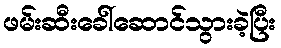
ဖမ်းဆီးခေါ်ဆောင်သွားခဲ့ပြီး